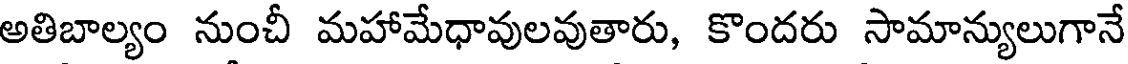
అతిబాల్యం నుంచీ మహామేధావులవుతారు, కొందరు సామాన్యులుగానే